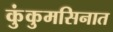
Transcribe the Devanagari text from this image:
कुंकुमसिनात